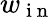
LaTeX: w_{\mathrm{~i~n~}}